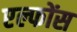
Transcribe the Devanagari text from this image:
एल्फोंस